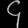
Digit: ၄